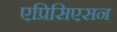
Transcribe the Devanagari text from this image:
एप्रिसिएसन